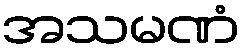
အသမဏံ